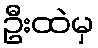
ဦးထဲမှ